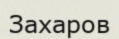
Захаров